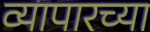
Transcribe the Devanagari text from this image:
व्यापारच्या